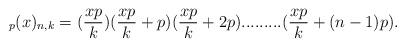
LaTeX: \begin{align*}_{p}(x)_{n,k}=(\frac{xp}{k})(\frac{xp}{k}+p)(\frac{xp}{k}+2p).........(\frac{xp}{k}+(n-1)p).\end{align*}